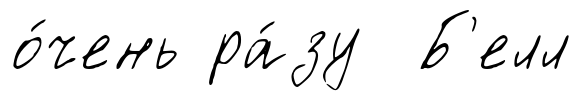
о́чень ра́зу Б'елл